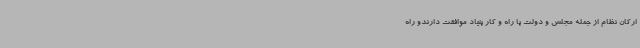
ارکان نظام از جمله مجلس و دولت با راه و کار بنیاد موافقت دارندو راه